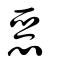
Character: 惡